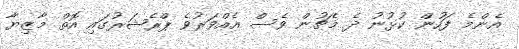
އެންމެ ފަހުން ކުޅުނު ދެ މެޗުން ވެސް އެއްވަރުވެ ޕްރެޝަރުގައި އޮތް މާޒިޔާ